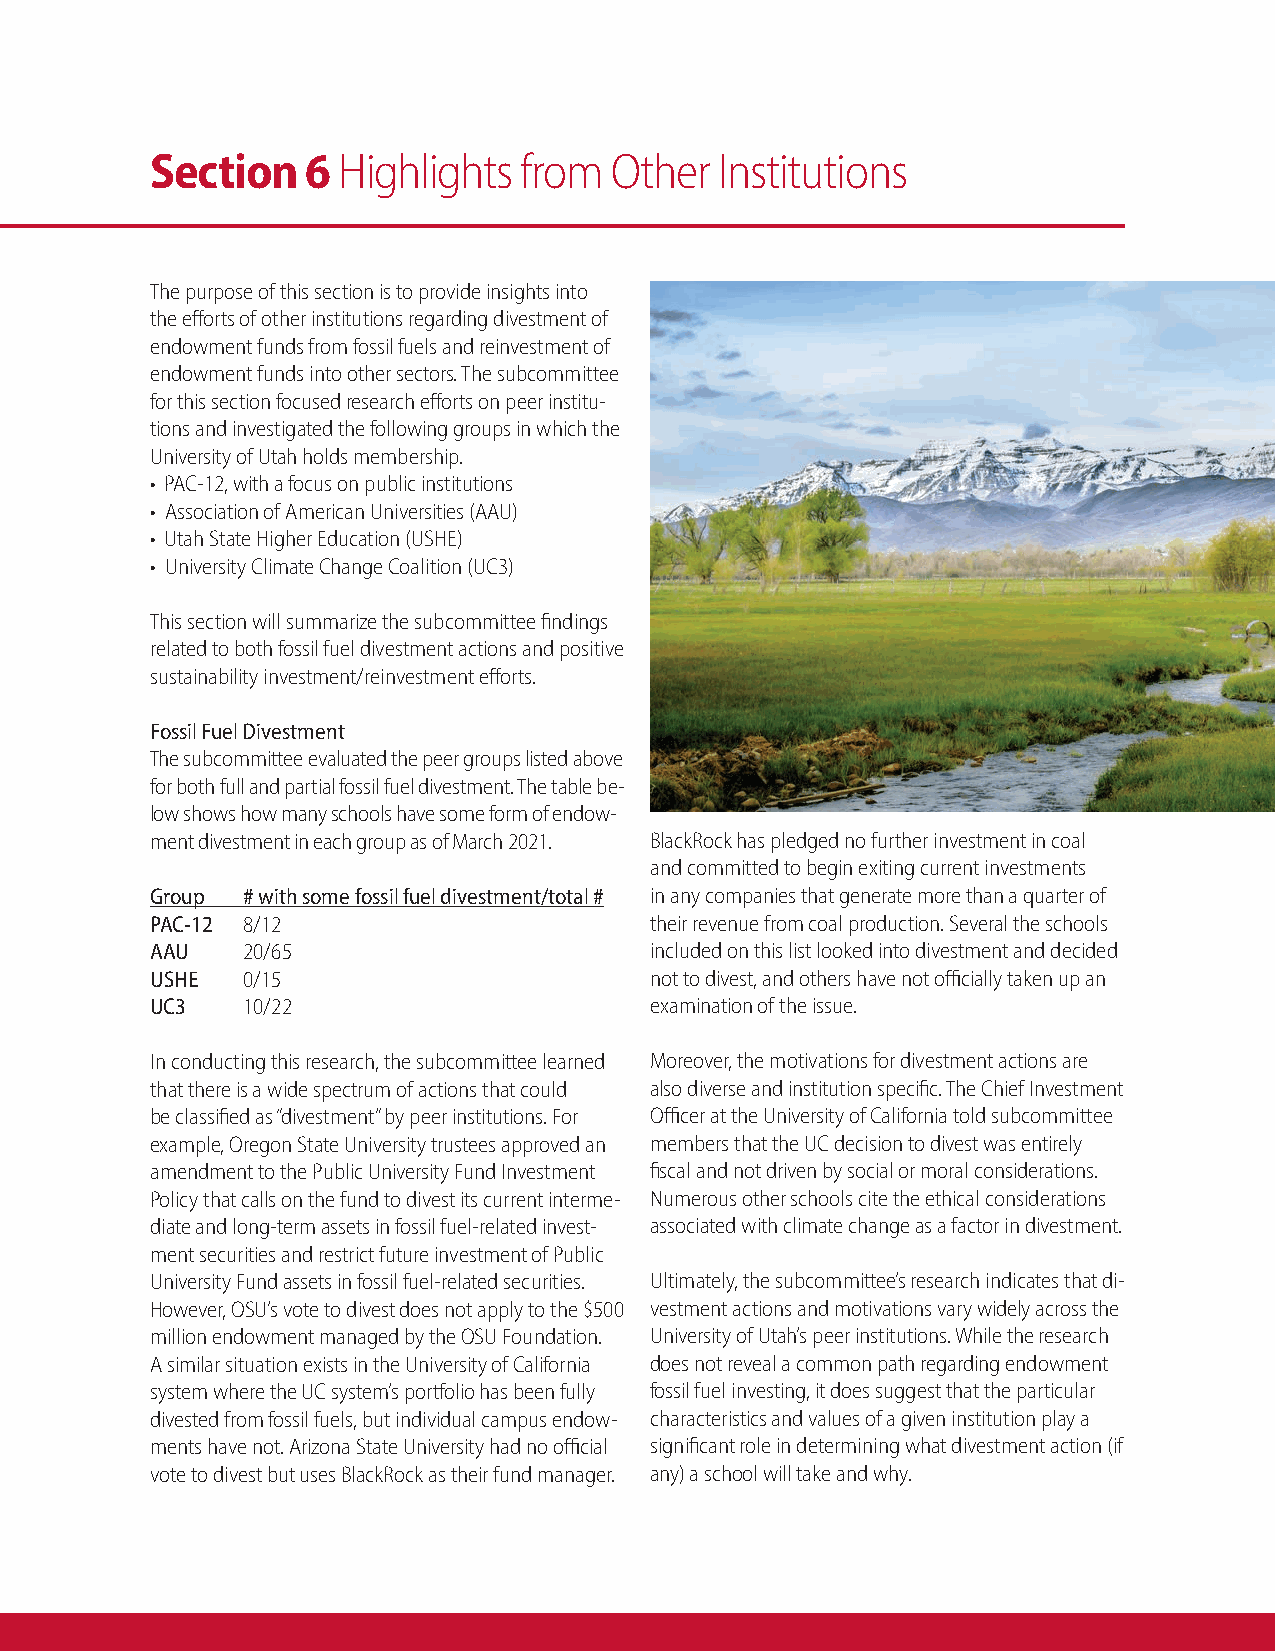
Section   6 Highlights   from Other   Institutions
 The purpose of this section is to provide insights into
 the efforts of other institutions regarding divestment of
 endowment funds from fossil fuels and reinvestment of
 endowment funds into other sectors. The subcommittee
 for this section focused research efforts on peer institu-
 tions and investigated the following groups in which the
 University of Utah holds membership.
 • PAC-12, with a focus on public institutions
 • Association of American Universities (AAU)
 • Utah State Higher Education (USHE)
 • University Climate Change Coalition (UC3)
 This section will summarize the subcommittee findings
 related to both fossil fuel divestment actions and positive
 sustainability investment/reinvestment efforts.
 Fossil Fuel Divestment
 The subcommittee evaluated the peer groups listed above
 for both full and partial fossil fuel divestment. The table be-
 low shows how many schools have some form of endow-
 ment divestment in each group as of March 2021. BlackRock has pledged no further investment in coal
 and committed to begin exiting current investments
 Group # with some fossil fuel divestment/total # in any companies that generate more than a quarter of
 PAC-12 8/12                      their revenue from coal production. Several the schools
 AAU   20/65                      included on this list looked into divestment and decided
 USHE  0/15                       not to divest, and others have not officially taken up an
 UC3   10/22                      examination of the issue.
 In conducting this research, the subcommittee learned Moreover, the motivations for divestment actions are
 that there is a wide spectrum of actions that could also diverse and institution specific. The Chief Investment
 be classified as “divestment” by peer institutions. For Officer at the University of California told subcommittee
 example, Oregon State University trustees approved an members that the UC decision to divest was entirely
 amendment to the Public University Fund Investment fiscal and not driven by social or moral considerations.
 Policy that calls on the fund to divest its current interme- Numerous other schools cite the ethical considerations
 diate and long-term assets in fossil fuel-related invest- associated with climate change as a factor in divestment.
 ment securities and restrict future investment of Public
 University Fund assets in fossil fuel-related securities. Ultimately, the subcommittee’s research indicates that di-
 However, OSU’s vote to divest does not apply to the $500 vestment actions and motivations vary widely across the
 million endowment managed by the OSU Foundation. University of Utah’s peer institutions. While the research
 A similar situation exists in the University of California does not reveal a common path regarding endowment
 system where the UC system’s portfolio has been fully fossil fuel investing, it does suggest that the particular
 divested from fossil fuels, but individual campus endow- characteristics and values of a given institution play a
 ments have not. Arizona State University had no official significant role in determining what divestment action (if
 vote to divest but uses BlackRock as their fund manager. any) a school will take and why.